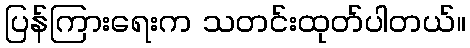
ပြန်ကြားရေးက သတင်းထုတ်ပါတယ်။